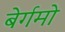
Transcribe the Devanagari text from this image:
बेर्गमो